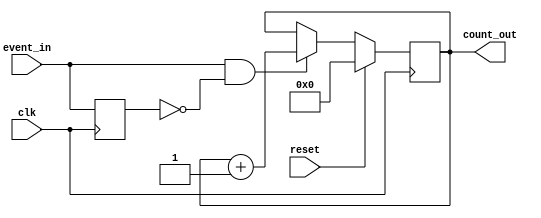
module event_triggered_counter #(
    parameter N = 8 // Width of the counter, adjust as needed for maximum expected count
)(
    input wire clk,          // Clock signal
    input wire reset,        // Synchronous reset signal
    input wire event_in,     // Event signal
    output reg [N-1:0] count_out // Count value output
);

    reg event_last; // Register to hold the last state of event_in for edge detection

    always @(posedge clk) begin
        if (reset) begin
            count_out <= 0; // Reset the counter to zero
        end else begin
            // Edge detection: increment on the rising edge of event_in
            if (event_in && !event_last) begin
                count_out <= count_out + 1; // Increment the counter
            end
        end
        event_last <= event_in; // Update the last state of event_in
    end

endmodule